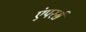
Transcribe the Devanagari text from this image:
एंपरर्स